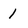
Character: 1